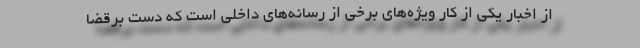
از اخبار یکی از کار ویژه‌های برخی از رسانه‌های داخلی است که دست برقضا